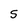
Character: S